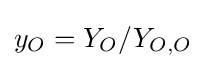
y_{O}=Y_{O}/Y_{O,O}